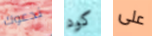
ندعوك كود على